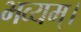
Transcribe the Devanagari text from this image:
भव्यम्।